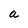
Character: a